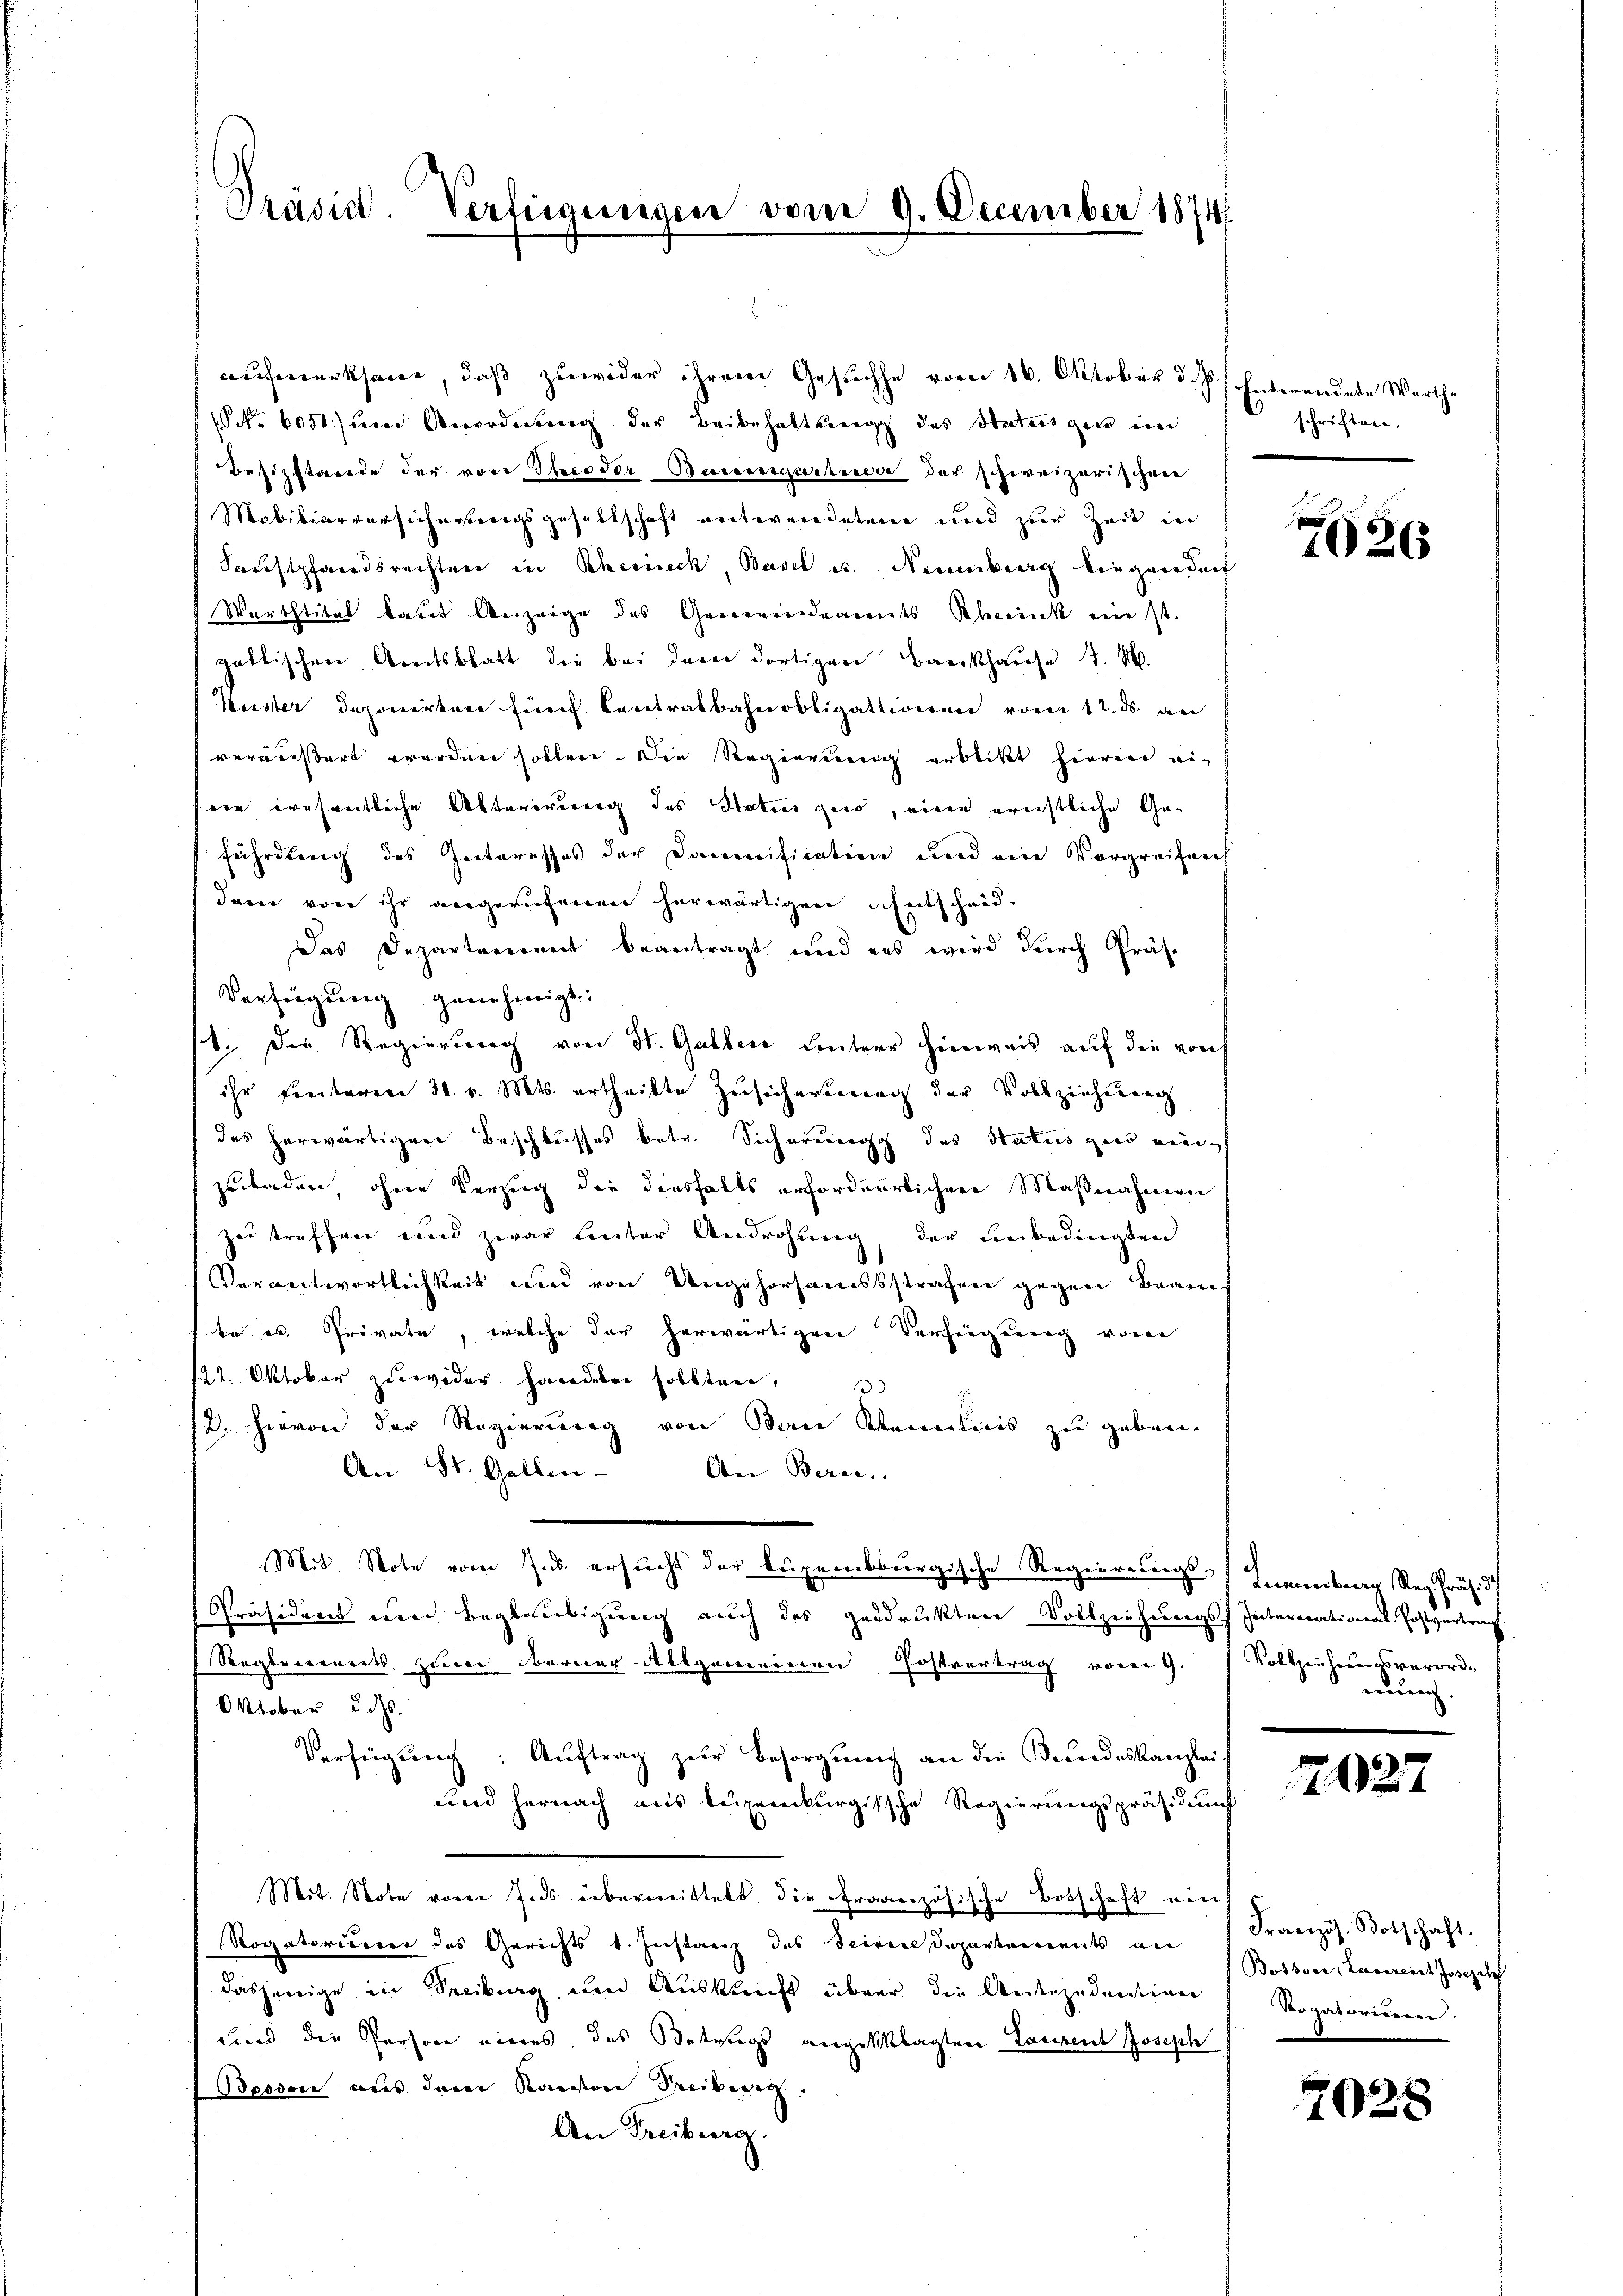
Präsid. Verfügungen vom 9. December 1874.

aufmerksam, daß zuwider ihrem Gesuche vom 16. Oktober d. Js. f. Enterendete Werthe
 Nr. 6051) um Anordnung der Beibehaltung des Status gen in
Besitzstande der von Theodor Bernengartnere der schweizerischen
 Mobiliarversicherherigsgesellschaft entwerdeten und zur Zeit in
Faustpfandsrechten in Rheineck, Basel u. Neuenburg die geordnet
Warbstitut kaut Anzeige des Gemeindeamdts Rheinck ein st
gattischen Amtsblatt die bei dere dortigen Bankhause J. M.
Kuster deponirten furch Centralbahnobligationen vom 12. ds. an
veräußert worden sollen. Die Regierung erblickt hierin ein
die wesentliche Abterirung des Statios gero, einen erechtliche Gefährdung des Interesses der Dammification und eine Vorgreifach
dern von ihr angerufenen herwärtigen Entscheid-
Das Departerrent beantragt und uns wird durch Präs.
Verfügung genehmigt.
1. Die Regierung von St. Galben unterr Hinweis auf die von
ihr Freiteren 30. v. Mts. ertheilte Zusicherung der Vollziehung
des herwärtigen Beschlusses betr. Sicherung des Status zu ein
zuladen, ohne Verzeig die diesfalls erforderrlichen Maßnahmen
zu treffen und zwar heuter Androhung, der unbedingten
Verantwortlichkeit und von Ungehorsamissstrafen gegen Beauf
be u. Private, welche der herwärtigen Verfügung von
121. Oktober zuwider handeber sollten, 3
12. hievon der Regierung von San Kenntnis zu geben.
An St. Gallen. An Berei
Mit Note vom J. ersucht der kupembburgische Regierungs-Inmenburg Reg. Präs. 3
Präsident und Beglaubigung auch des gedrukten Vollziehungs-International-Postvertrach
Reglernerts zur Berner-Allgemeinen Postvertrag vom 9. Vollzeihungsverord-
Oktober d. Js.
Verfügung: Auftrag zur Besorgung an die Bundeskanzleit
und hernach aus beigeneikurgissche Regierungspräsiden
Mit Stote von Jnds übermittet die französische Botschaft ein
Rogatorium des Gerichts 1. Instanz des Seinere Departements an Französ. Botschaft.
dasjenige in Freiburg um Auskunft über die Reitezudention
Sind die Person eines, das Betrags angeklagten Laurent Joseph
Bessen aus dem Kanton Freiburg.
An Freiburg.

schriften.

7026

nung.

1027

Bossser, Lavereit Josezel
Stovatorieren

7028